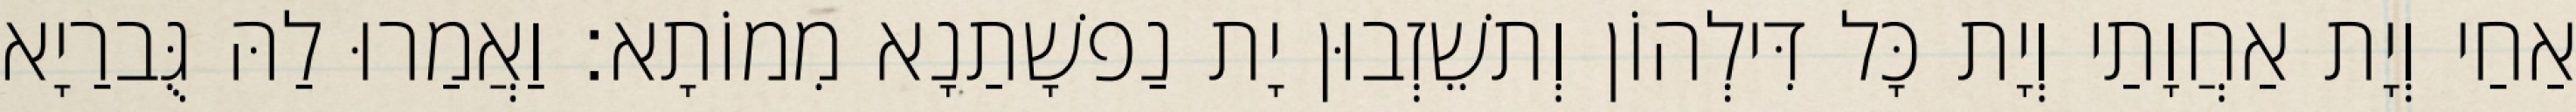
אַחַי וְיָת אַחֲוָתַי וְיָת כָּל דִּילְהוֹן וְתשֵׁזְבוּן יָת נַפשָׁתַנָא מִמוֹתָא׃ וַאֲמַרוּ לַהּ גֻּברַיָא